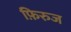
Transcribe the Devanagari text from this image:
फ़िरुज